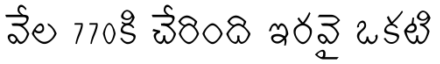
వేల 770కి చేరింది ఇరవై ఒకటి